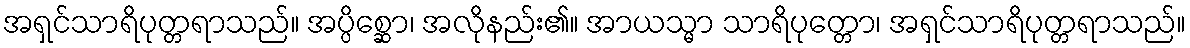
အရှင်သာရိပုတ္တရာသည်။ အပ္ပိစ္ဆော၊ အလိုနည်း၏။ အာယသ္မာ သာရိပုတ္တော၊ အရှင်သာရိပုတ္တရာသည်။